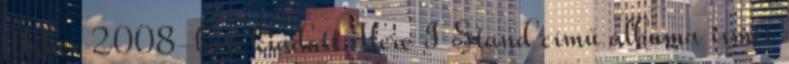
Usher 2008-ban kiadott Here I Stand című albuma ismét